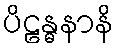
ပိဠန္ဓနာနိ